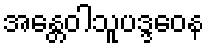
အန္တေဝါသူပဒ္ဒဝေန